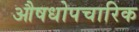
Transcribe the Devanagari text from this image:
औषधोपचारिक